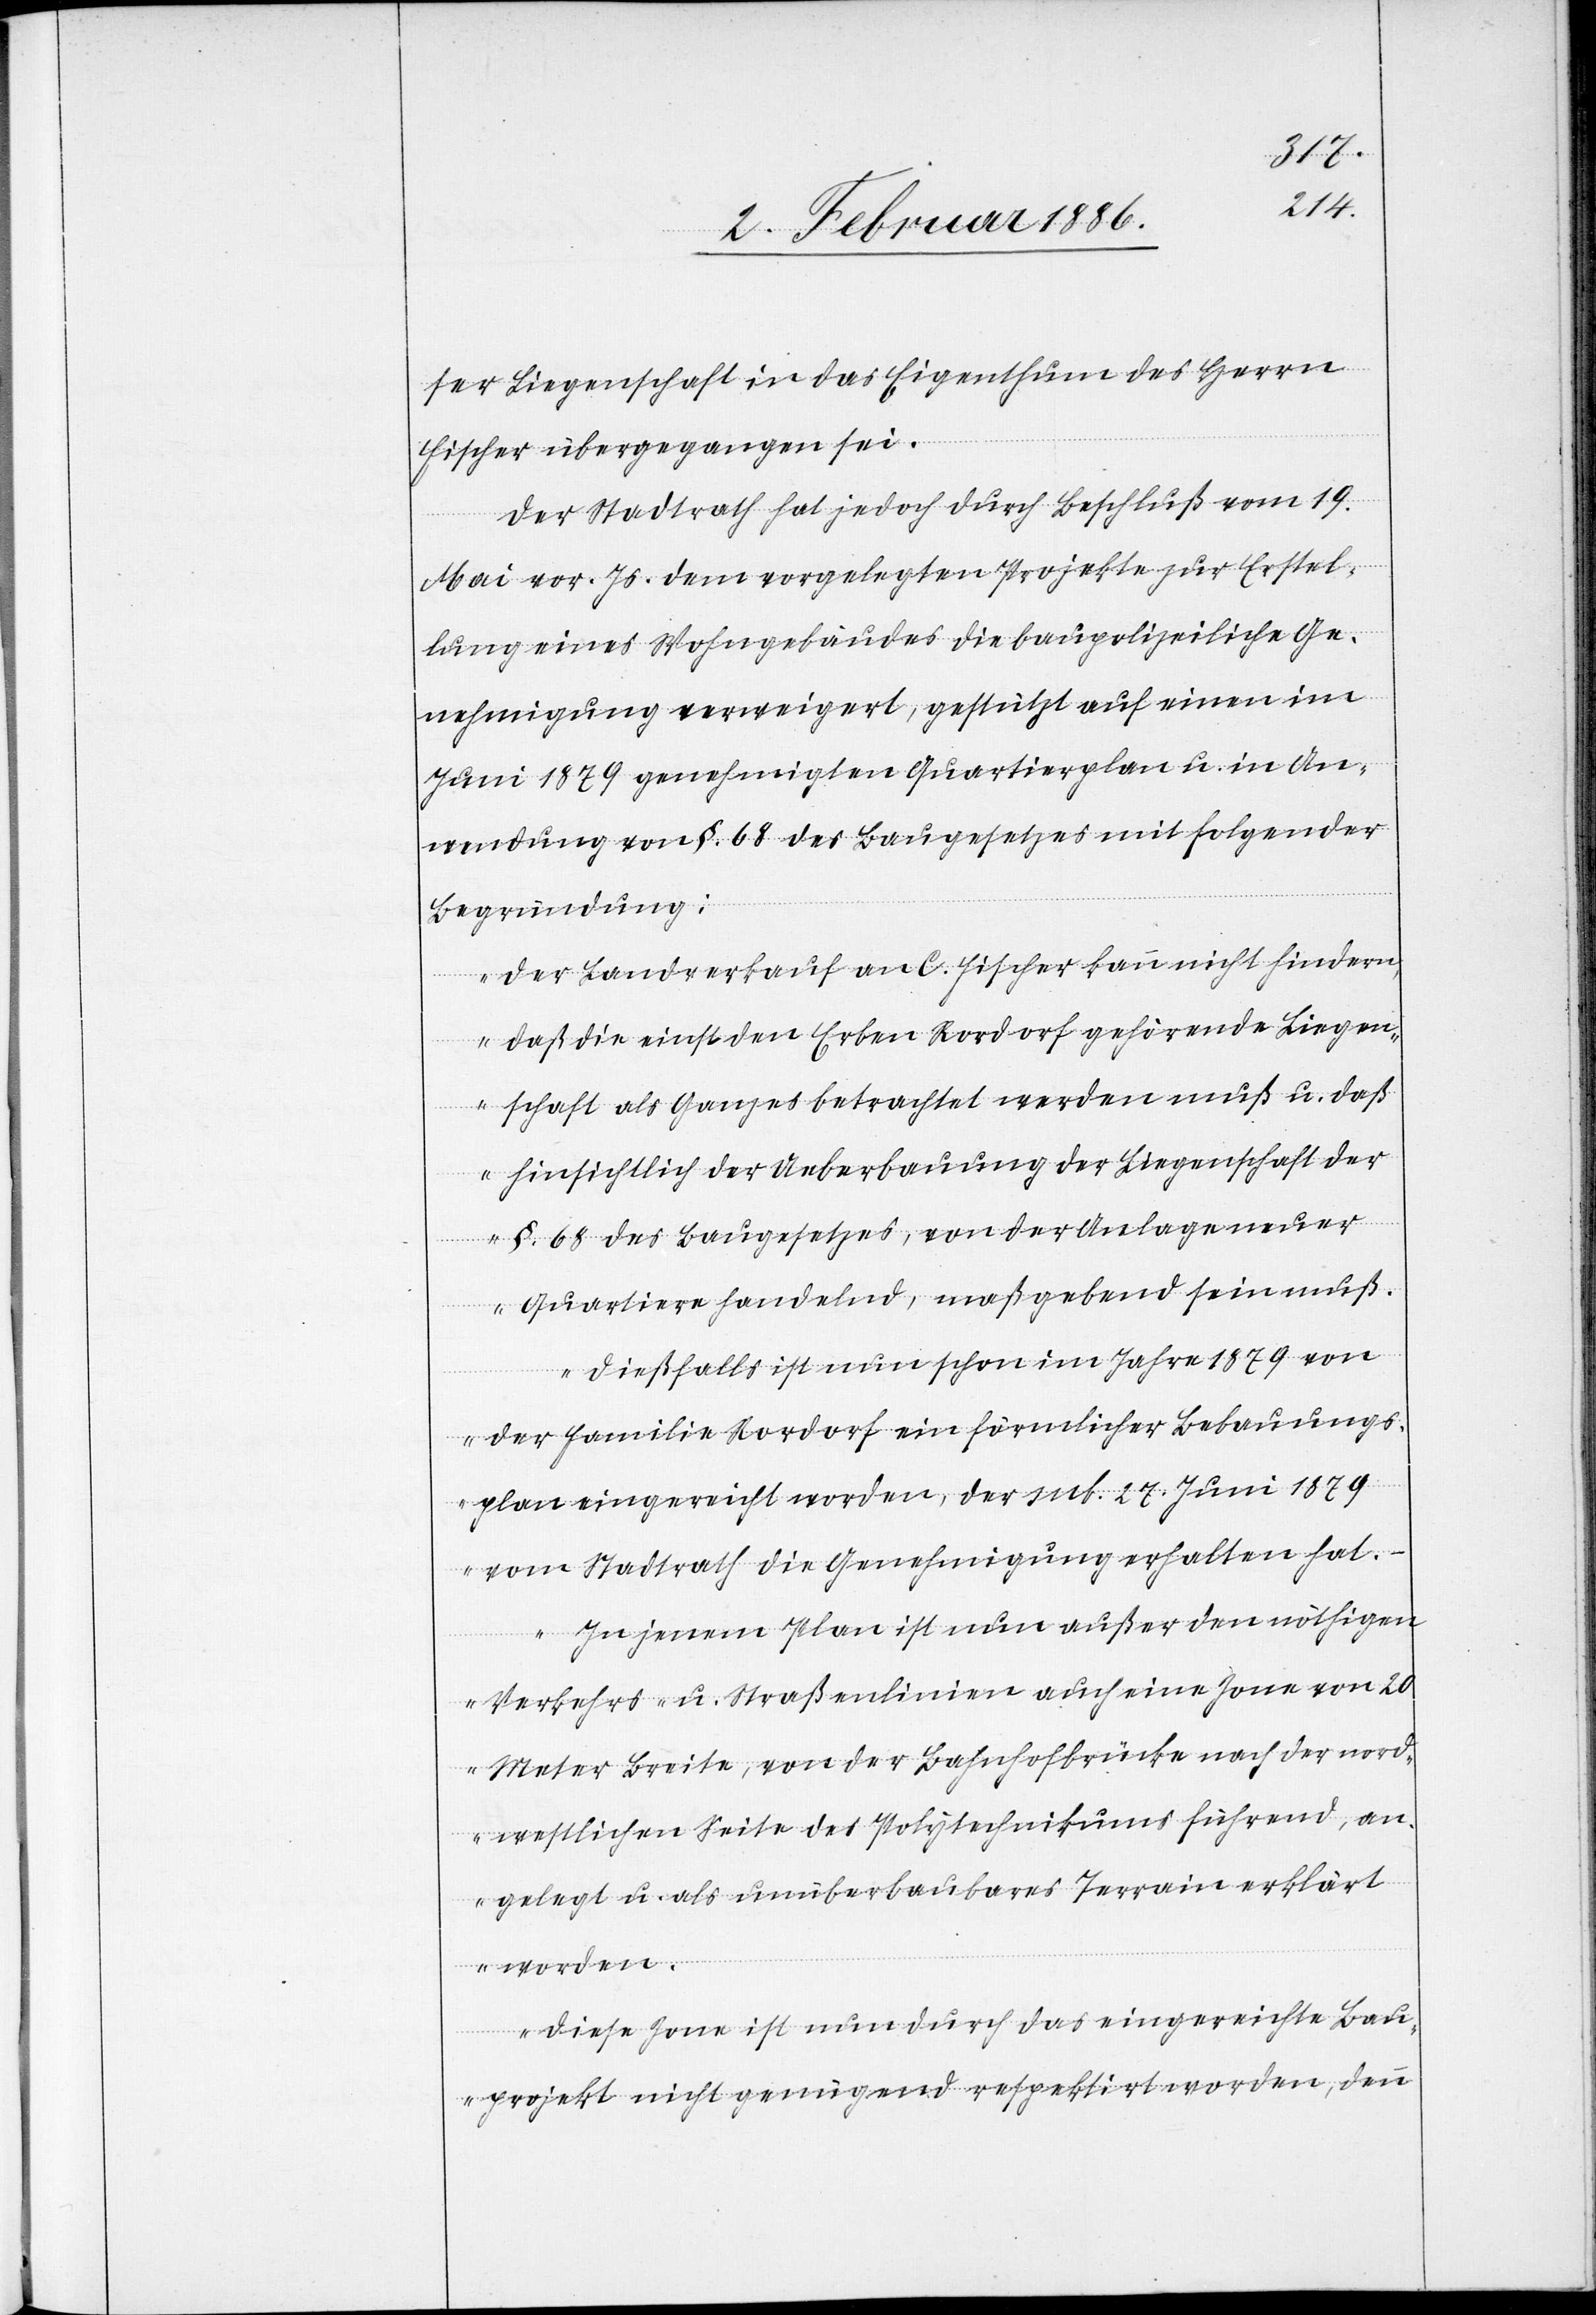
ser Liegenschaft in das Eigenthum des Herrn
Fischer übergegangen sei.
Der Stadtrath hat jedoch durch Beschluß vom 19.
Mai vor. Js. dem vorgelegten Projekte zur Erstel¬
lung eines Wohngebäudes die baupolizeiliche Ge¬
nehmigung verweigert, gestützt auf einen im
Juni 1879 genehmigten Quartierplan u. in An¬
wendung von §. 68 des Baugesetzes mit folgender
Begründung:
„Der Landverkauf an C. Fischer kann nicht hindern,
daß die einst den Erben Rordorf gehörende Liegen¬
schaft als Ganze betrachtet werden muß u. daß
hinsichtlich der Ueberbauung der Liegenschaft der
§. 68 des Baugesetzes, von der Anlage neuer
Quartiere handelnd, maßgebend sein muß.
Dießfalls ist nun schon im Jahr 1879 von
der Familie Rordorf ein förmlicher Bebauungs¬
plan eingereicht worden, der sub. 27. Juni 1879
vom Stadtrath die Genehmigung erhalten hat.
In jenem Plan ist nun außer den nöthigen
Verkehrs- u. Straßenlinien auch eine Zone von 20
Meter Breite, von der Bahnhofbrücke nach der nord¬
westlichen Seite des Polytechnikums führend, an¬
gelegt u. als unüberbaubares Terrain erklärt
worden.
Diese Zone ist nun durch das eingereichte Bau¬
projekt nicht genügend respektiert worden, denn